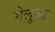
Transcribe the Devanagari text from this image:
मेलुआ